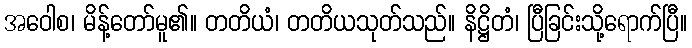
အဝေါစ၊ မိန့်တော်မူ၏။ တတိယံ၊ တတိယသုတ်သည်။ နိဋ္ဌိတံ၊ ပြီခြင်းသို့ရောက်ပြီ။